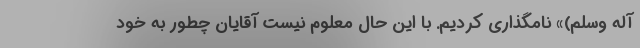
آله وسلم)» نامگذاری کردیم. با این حال معلوم نیست آقایان چطور به خود